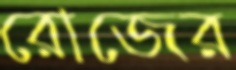
রোজের